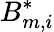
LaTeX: B_{m,i}^{*}